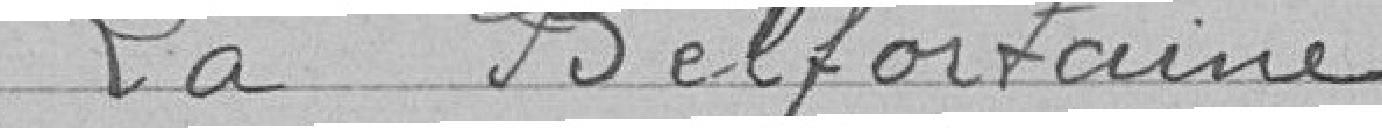
> La Belfortaine